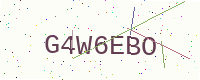
Text: G4W6EBO